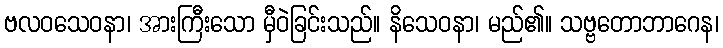
ဗလဝသေဝနာ၊ အားကြီးသော မှီဝဲခြင်းသည်။ နိသေဝနာ၊ မည်၏။ သဗ္ဗတောဘာဂေန၊